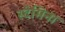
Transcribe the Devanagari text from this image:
स्टेमिना